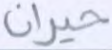
حيران